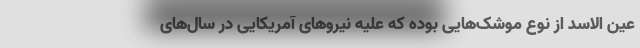
عین الاسد از نوع موشک‌هایی بوده که علیه نیروهای آمریکایی در سال‌های